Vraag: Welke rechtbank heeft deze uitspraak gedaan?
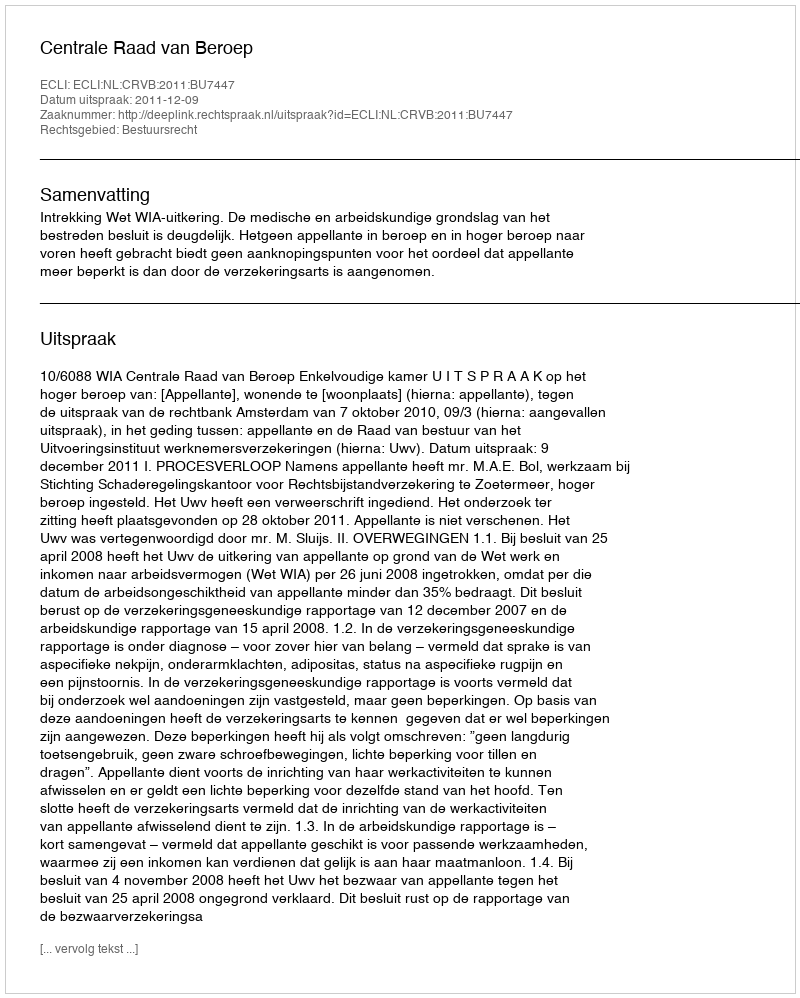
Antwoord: Centrale Raad van Beroep